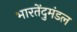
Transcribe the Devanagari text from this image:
भारतेंदुमंडल